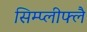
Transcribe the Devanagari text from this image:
सिम्प्लीफ्लै